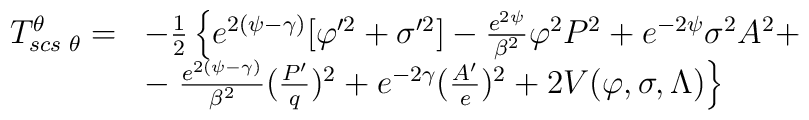
\begin{array}{ll}T_{scs \hspace{.1 true cm}\theta}^{\theta}=& -\frac{1}{2} \left\{e^{2(\psi - \gamma)} [\varphi'^2 + \sigma'^2] -\frac{e^{2\psi}}{\beta^2}\varphi^2P^2 + e^{-2\psi }\sigma^2 A^2 +\right.\\& -\left.\frac{e^{2(\psi-\gamma)}}{\beta^2}(\frac{P'}{q})^2 +e^{-2\gamma}(\frac{A'}{e})^2 + 2V(\varphi,\sigma, \Lambda) \right\}\end{array}